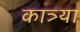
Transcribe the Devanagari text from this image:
कात्र्या